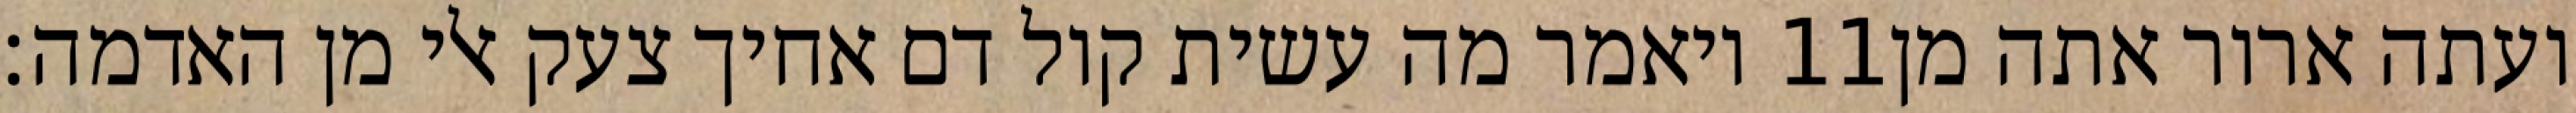
ויאמר מה עשית קול דם אחיך צעק אלי מן האדמה׃ ‎11‏ ועתה ארור אתה מן